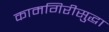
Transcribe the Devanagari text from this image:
कामगिरीसुद्धा